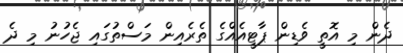
ދެން މި އޮތީ ވެޑިން ޕާޓީއެއްގެ ތެރެއިން މަސްތުގައި ޖެހުނު މި ދެ